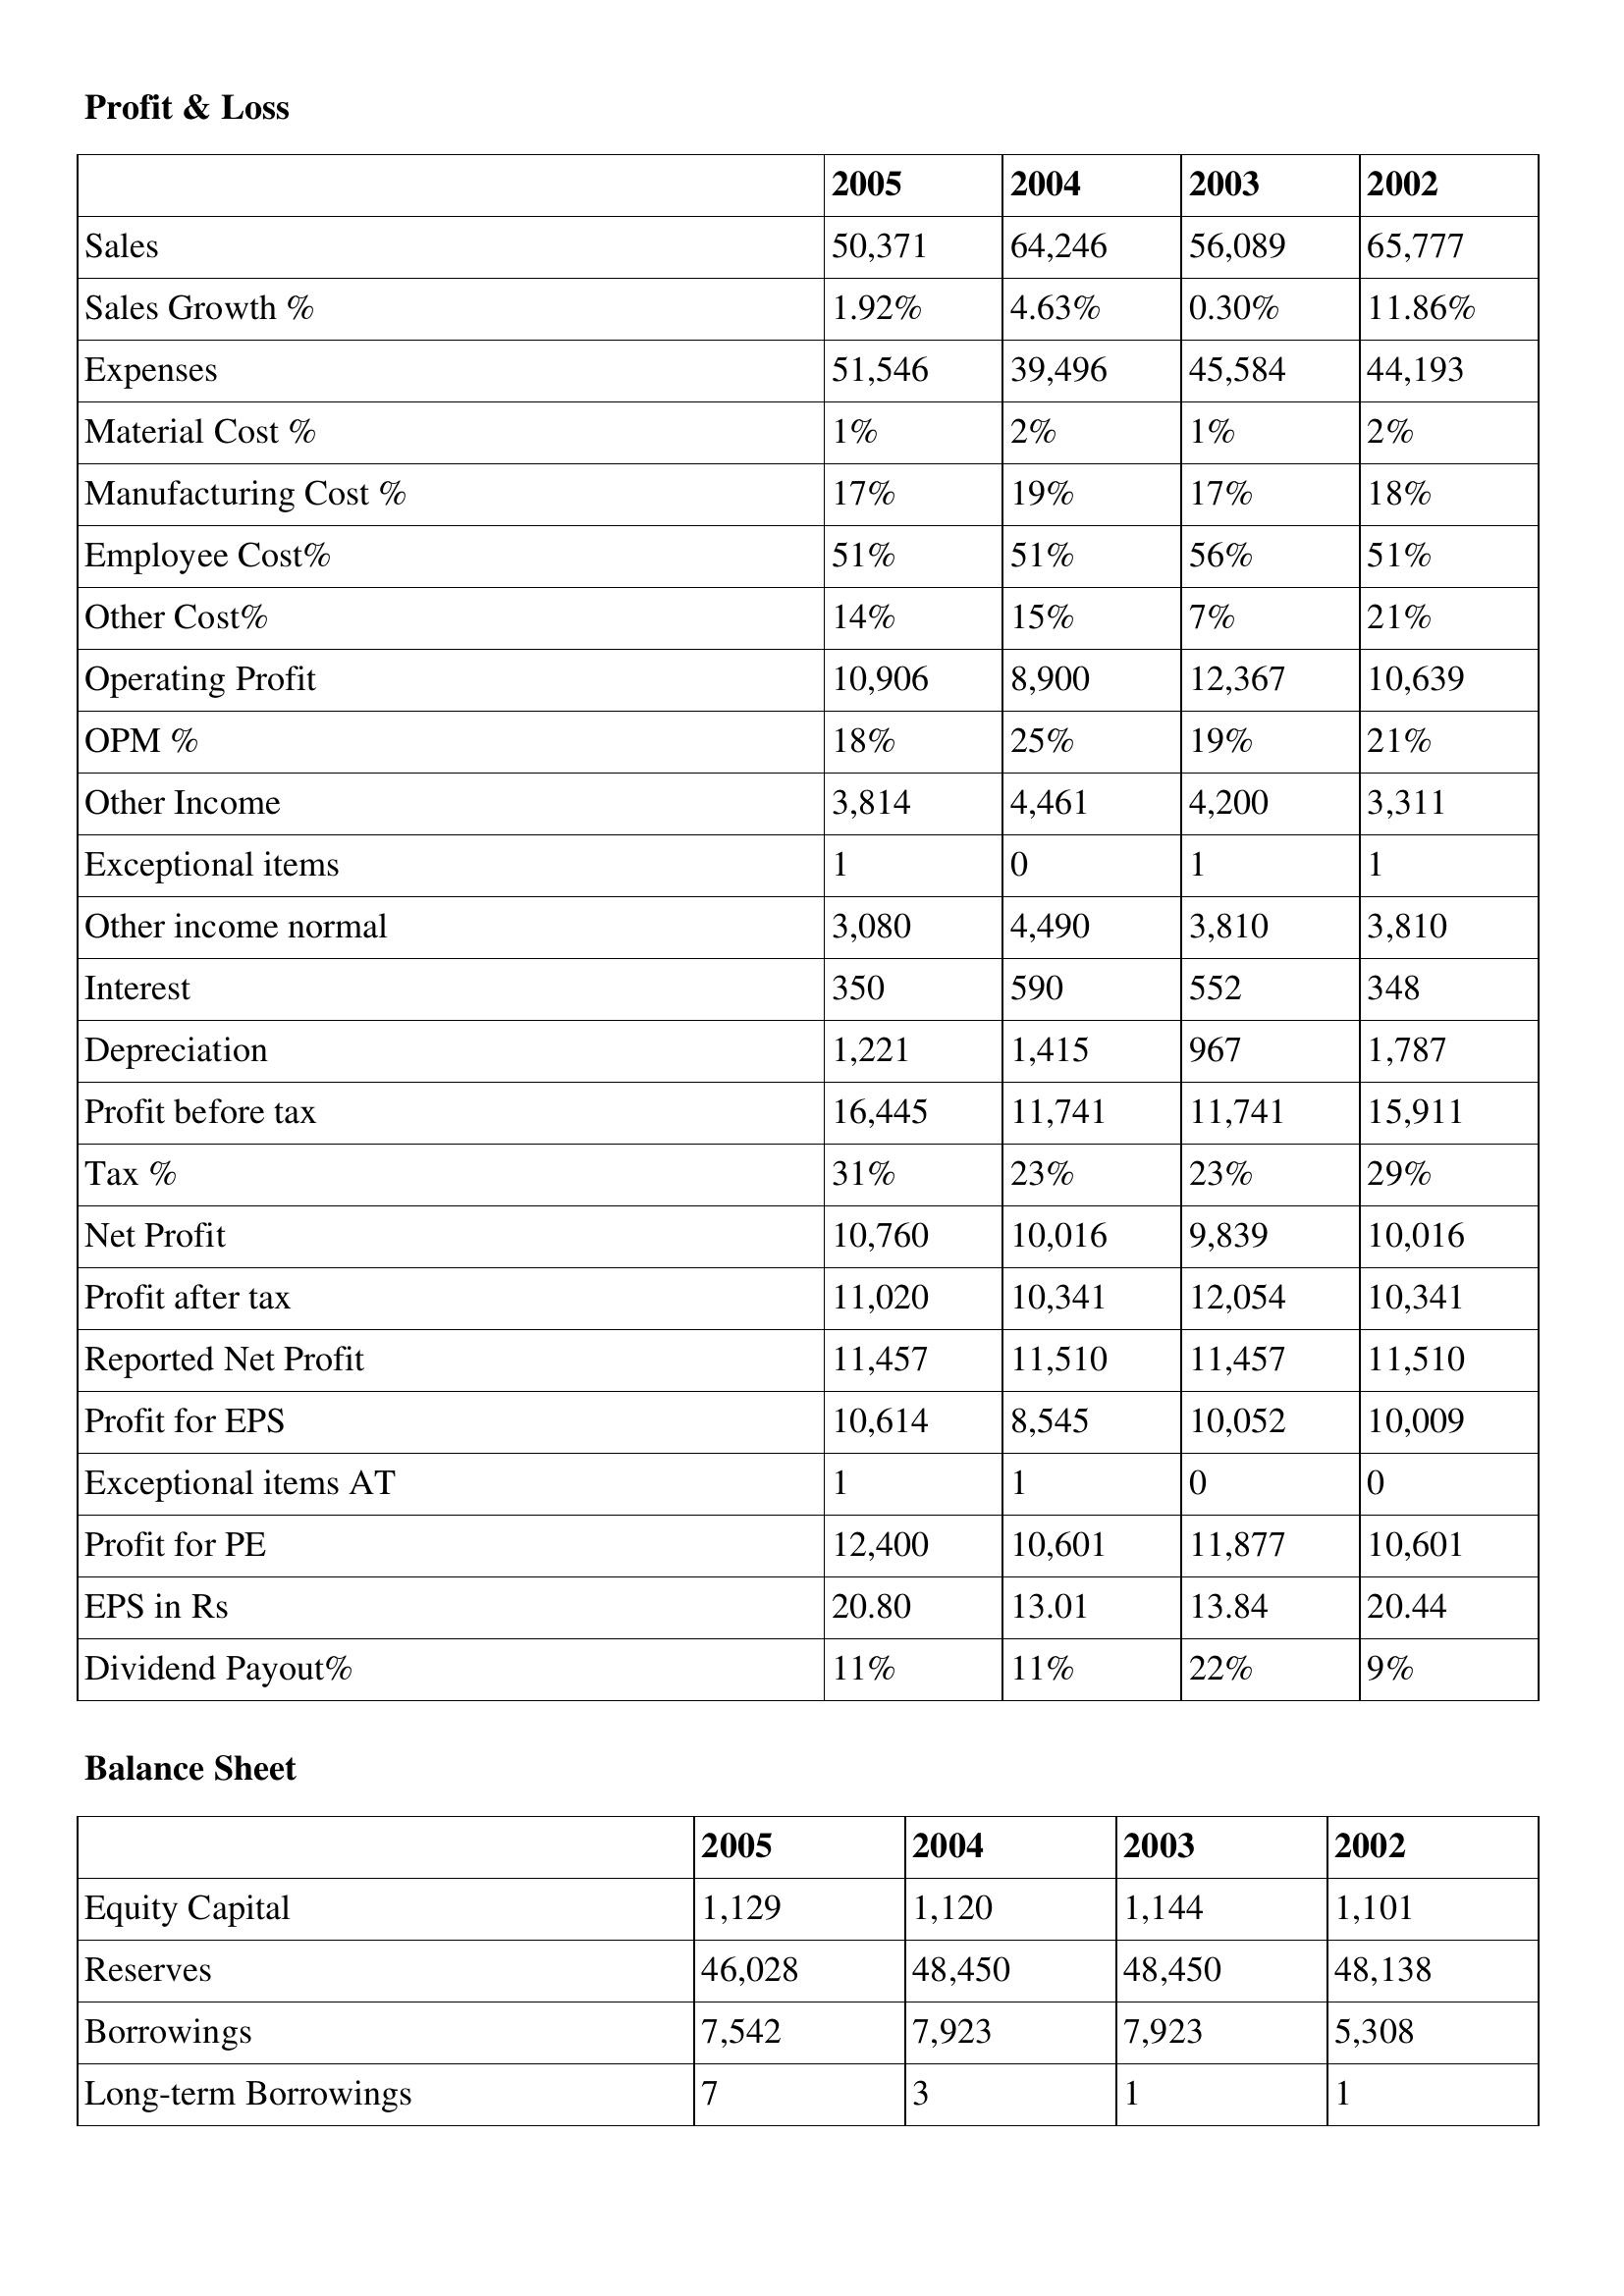
gt_parse: 2005: Profit & Loss: Sales: 50,371
Sales Growth %: 1.92%
Expenses: 51,546
Material Cost %: 1%
Manufacturing Cost %: 17%
Employee Cost%: 51%
Other Cost%: 14%
Operating Profit: 10,906
OPM %: 18%
Other Income: 3,814
Exceptional items: 1
Other income normal: 3,080
Interest: 350
Depreciation: 1,221
Profit before tax: 16,445
Tax %: 31%
Net Profit: 10,760
Profit after tax: 11,020
Reported Net Profit: 11,457
Profit for EPS: 10,614
Exceptional items AT: 1
Profit for PE: 12,400
EPS in Rs: 20.80
Dividend Payout%: 11%
Balance Sheet: Equity Capital: 1,129
Reserves: 46,028
Borrowings: 7,542
Long-term Borrowings: 7
2004: Profit & Loss: Sales: 64,246
Sales Growth %: 4.63%
Expenses: 39,496
Material Cost %: 2%
Manufacturing Cost %: 19%
Employee Cost%: 51%
Other Cost%: 15%
Operating Profit: 8,900
OPM %: 25%
Other Income: 4,461
Exceptional items: 0
Other income normal: 4,490
Interest: 590
Depreciation: 1,415
Profit before tax: 11,741
Tax %: 23%
Net Profit: 10,016
Profit after tax: 10,341
Reported Net Profit: 11,510
Profit for EPS: 8,545
Exceptional items AT: 1
Profit for PE: 10,601
EPS in Rs: 13.01
Dividend Payout%: 11%
Balance Sheet: Equity Capital: 1,120
Reserves: 48,450
Borrowings: 7,923
Long-term Borrowings: 3
2003: Profit & Loss: Sales: 56,089
Sales Growth %: 0.30%
Expenses: 45,584
Material Cost %: 1%
Manufacturing Cost %: 17%
Employee Cost%: 56%
Other Cost%: 7%
Operating Profit: 12,367
OPM %: 19%
Other Income: 4,200
Exceptional items: 1
Other income normal: 3,810
Interest: 552
Depreciation: 967
Profit before tax: 11,741
Tax %: 23%
Net Profit: 9,839
Profit after tax: 12,054
Reported Net Profit: 11,457
Profit for EPS: 10,052
Exceptional items AT: 0
Profit for PE: 11,877
EPS in Rs: 13.84
Dividend Payout%: 22%
Balance Sheet: Equity Capital: 1,144
Reserves: 48,450
Borrowings: 7,923
Long-term Borrowings: 1
2002: Profit & Loss: Sales: 65,777
Sales Growth %: 11.86%
Expenses: 44,193
Material Cost %: 2%
Manufacturing Cost %: 18%
Employee Cost%: 51%
Other Cost%: 21%
Operating Profit: 10,639
OPM %: 21%
Other Income: 3,311
Exceptional items: 1
Other income normal: 3,810
Interest: 348
Depreciation: 1,787
Profit before tax: 15,911
Tax %: 29%
Net Profit: 10,016
Profit after tax: 10,341
Reported Net Profit: 11,510
Profit for EPS: 10,009
Exceptional items AT: 0
Profit for PE: 10,601
EPS in Rs: 20.44
Dividend Payout%: 9%
Balance Sheet: Equity Capital: 1,101
Reserves: 48,138
Borrowings: 5,308
Long-term Borrowings: 1